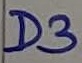
Text: D3